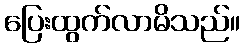
ပြေးထွက်လာမိသည်။